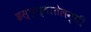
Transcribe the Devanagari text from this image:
इस्प्य्तातेलन्यी